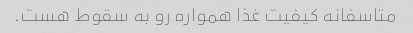
متاسفانه کیفیت غذا همواره رو به سقوط هست.